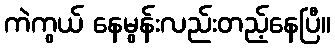
ကဲကွယ် နေမွန်းလည်းတည့်နေပြီ။